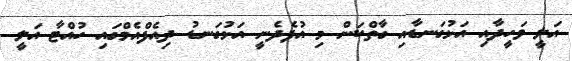
އަލީ ވަހީދާއި އަޅުގަނޑާއި ގާތްކަން މި އުފެދެނީ އަޅުގަނޑު ދިއެފްއެމްގައި ހުއްޓާ އަލީ